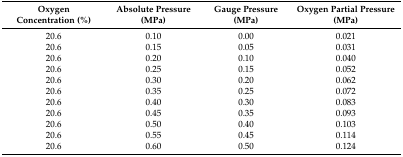
<table><thead><tr><td><b>Oxygen Concentration (%)</b></td><td><b>Absolute Pressure (MPa)</b></td><td><b>Gauge Pressure (MPa)</b></td><td><b>Oxygen Partial Pressure (MPa)</b></td></tr></thead><tbody><tr><td>20.6</td><td>0.10</td><td>0.00</td><td>0.021</td></tr><tr><td>20.6</td><td>0.15</td><td>0.05</td><td>0.031</td></tr><tr><td>20.6</td><td>0.20</td><td>0.10</td><td>0.040</td></tr><tr><td>20.6</td><td>0.25</td><td>0.15</td><td>0.052</td></tr><tr><td>20.6</td><td>0.30</td><td>0.20</td><td>0.062</td></tr><tr><td>20.6</td><td>0.35</td><td>0.25</td><td>0.072</td></tr><tr><td>20.6</td><td>0.40</td><td>0.30</td><td>0.083</td></tr><tr><td>20.6</td><td>0.45</td><td>0.35</td><td>0.093</td></tr><tr><td>20.6</td><td>0.50</td><td>0.40</td><td>0.103</td></tr><tr><td>20.6</td><td>0.55</td><td>0.45</td><td>0.114</td></tr><tr><td>20.6</td><td>0.60</td><td>0.50</td><td>0.124</td></tr></tbody></table>